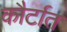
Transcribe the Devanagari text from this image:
कौर्टात